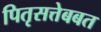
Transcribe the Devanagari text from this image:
पितृसत्तेबबत